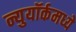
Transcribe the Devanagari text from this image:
न्युयॉर्कमध्ये